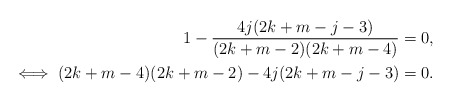
\begin{align*}1-\frac{4j(2k+m-j-3)}{(2k+m-2)(2k+m-4)}&=0, \\\iff (2k+m-4)(2k+m-2)-4j(2k+m-j-3)&=0.\end{align*}